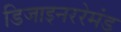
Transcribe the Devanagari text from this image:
डिजाइनररेमंड